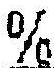
%